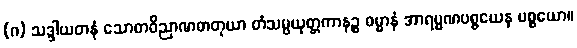
(ဂ) သဒ္ဒါယတနံ သောတဝိညာဏဓာတုယာ တံသမ္ပယုတ္တကာနဉ္စ ဓမ္မာနံ အာရမ္မဏပစ္စယေန ပစ္စယော။